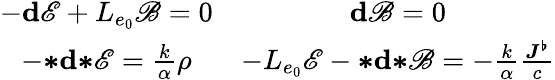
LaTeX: \begin{array}{cc}{-\mathbf{d}\mathscr{E}+L_{e_{0}}\mathscr{B}=0}&{\mathbf{d}\mathscr{B}=0}\\ {-{\boldsymbol{*}}\mathbf{d}{\boldsymbol{*}}\mathscr{E}=\frac{k}{\alpha}\rho}&{-L_{e_{0}}\mathscr{E}-{\boldsymbol{*}}\mathbf{d}{\boldsymbol{*}}\mathscr{B}=-\frac{k}{\alpha}\frac{\boldsymbol{J^{\flat}}}{c}}\end{array}